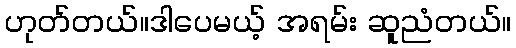
ဟုတ်တယ်။ဒါပေမယ့် အရမ်း ဆူညံတယ်။